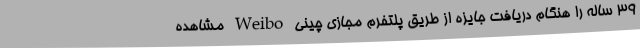
۳۹ ساله را هنگام دریافت جایزه از طریق پلتفرم مجازی چینی Weibo مشاهده